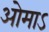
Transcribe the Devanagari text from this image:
ओमाऽ